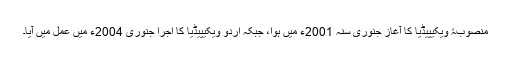
منصوبۂ ویکیپیڈیا کا آغاز جنوری سنہ 2001ء میں ہوا، جبکہ اردو ویکیپیڈیا کا اجرا جنوری 2004ء میں عمل میں آیا۔